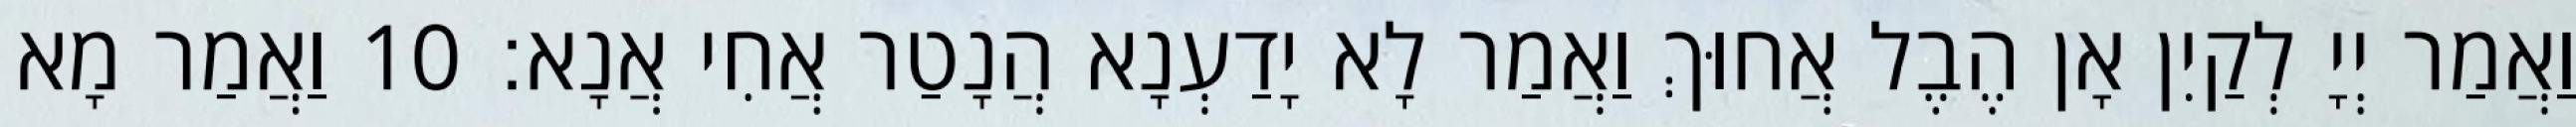
וַאֲמַר יְיָ לְקַיִן אָן הֶבֶל אֲחוּךְ וַאֲמַר לָא יָדַעְנָא הֲנָטַר אֲחִי אֲנָא׃ 10 וַאֲמַר מָא